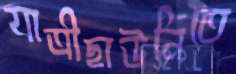
যাত্রীছাউনিতে